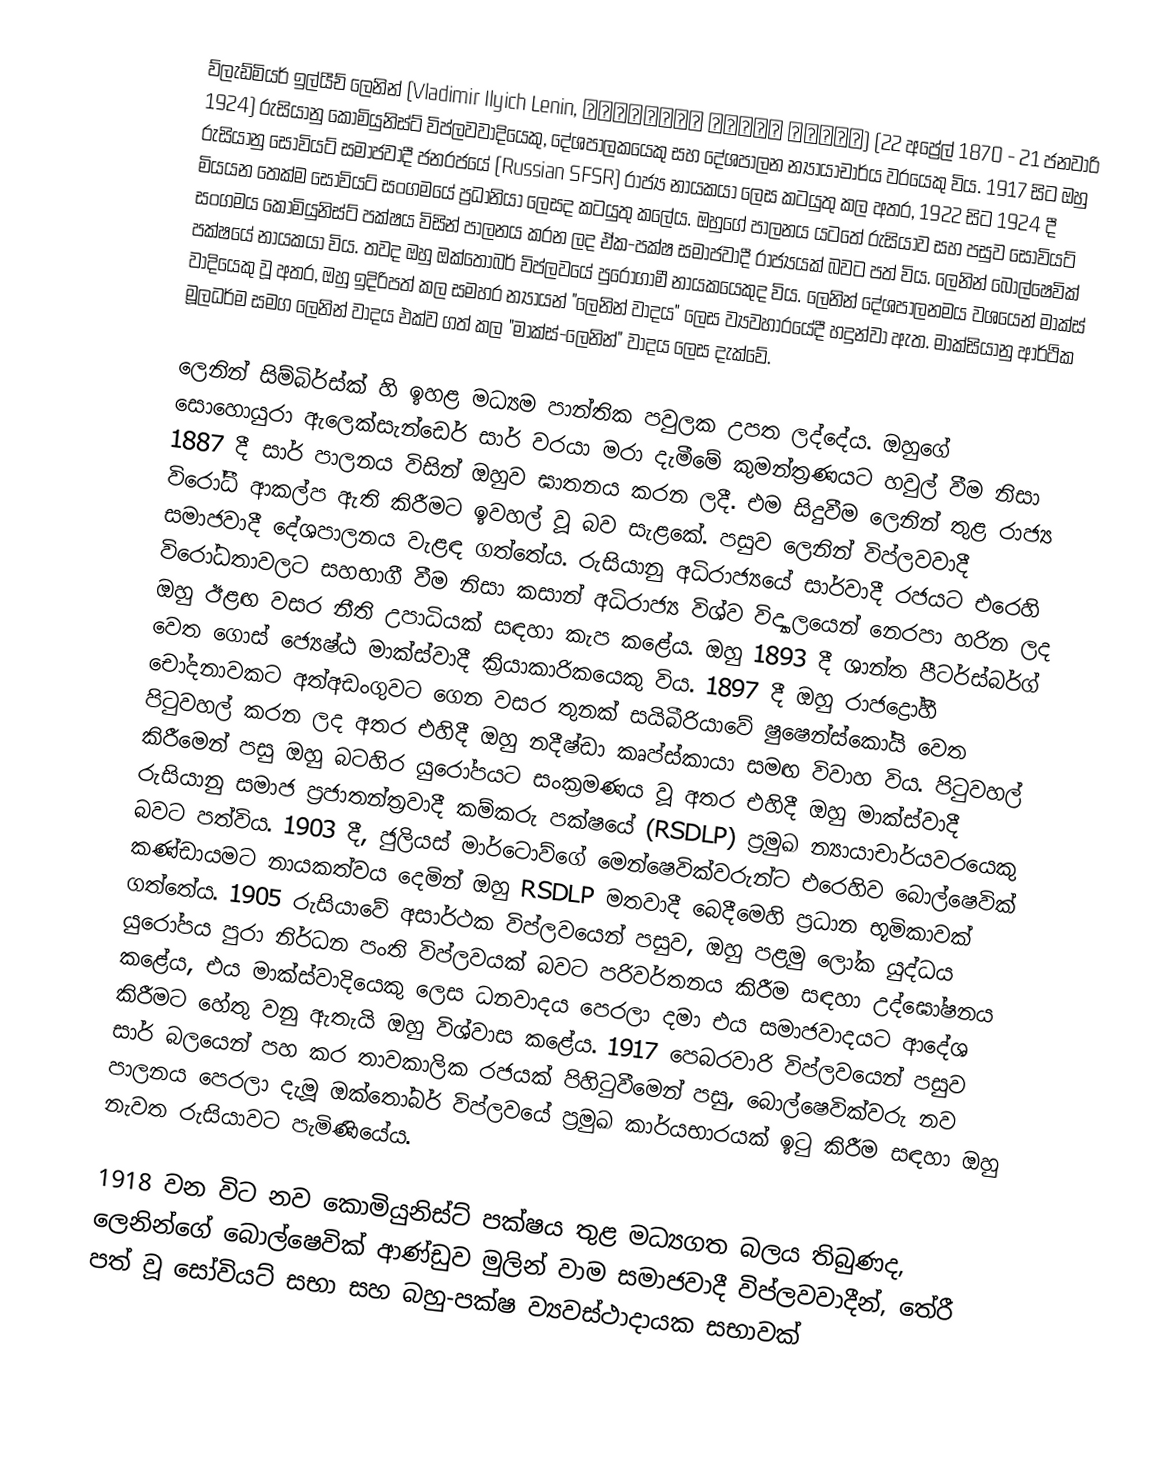
ව්ලැඩ්මියර් ඉල්යීච් ලෙනින් (Vladimir Ilyich Lenin, Владимир Ильич Ленин) (22 අප්‍රේල් 1870 - 21 ජනවාරි 1924) රුසියානු කොමියුනිස්ට් විප්ලවවාදියෙකු, දේශපාලකයෙකු සහ දේශපාලන න්‍යායාචාර්ය වරයෙකු විය. 1917 සිට ඔහු රුසියානු  සෝවියට් සමාජවාදී ජනරජයේ (Russian SFSR) රාජ්‍ය නායකයා ලෙස කටයුතු කල අතර, 1922 සිට 1924 දී මියයන තෙක්ම සෝවියට් සංගමයේ ප්‍රධානියා ලෙසද කටයුතු කලේය. ඔහුගේ පාලනය යටතේ රුසියාව සහ පසුව සෝවියට් සංගමය කොමියුනිස්ට් පක්ෂය විසින් පාලනය කරන ලද ඒක-පක්ෂ සමාජවාදී රාජ්‍යයක් බවට පත් විය. ලෙනින් බොල්ෂෙවික් පක්ෂයේ නායකයා විය. තවද ඔහු ඔක්තෝබර් විප්ලවයේ පුරෝගාමී නායකයෙකුද විය. ලෙනින් දේශපාලනමය වශයෙන් මාක්ස් වාදියෙකු වූ අතර, ඔහු ඉදිරිපත් කල සමහර න්‍යායන් "ලෙනින් වාදය" ලෙස ව්‍යවහාරයේදී හදුන්වා ඇත. මාක්සියානු ආර්ථික මූලධර්ම සමග ලෙනින් වාදය එක්ව ගත් කල "මාක්ස්-ලෙනින්" වාදය ලෙස දැක්වේ.

ලෙනින්  සිම්බිර්ස්ක් හි ඉහළ මධ්‍යම පාන්තික පවුලක උපත ලද්දේය. ඔහුගේ සොහොයුරා ඇලෙක්සැන්ඩෙර් සාර් වරයා මරා දැමීමේ කුමන්ත්‍රණයට හවුල් වීම නිසා 1887 දී සාර් පාලනය විසින් ඔහුව ඝාතනය කරන ලදී. එම සිදුවීම ලෙනින් තුළ රාජ්‍ය විරෝධී ආකල්ප ඇති කිරීමට ඉවහල් වූ බව සැළකේ. පසුව ලෙනින් විප්ලවවාදී සමාජවාදී දේශපාලනය වැළඳ ගත්තේය. රුසියානු අධිරාජ්‍යයේ සාර්වාදී රජයට එරෙහි විරෝධතාවලට සහභාගී වීම නිසා කසාන් අධිරාජ්‍ය විශ්ව විද්‍යාලයෙන් නෙරපා හරින ලද ඔහු ඊළඟ වසර නීති උපාධියක් සඳහා කැප කළේය. ඔහු 1893 දී ශාන්ත පීටර්ස්බර්ග් වෙත ගොස් ජ්‍යෙෂ්ඨ මාක්ස්වාදී ක්‍රියාකාරිකයෙකු විය. 1897 දී ඔහු රාජද්‍රෝහී චෝදනාවකට අත්අඩංගුවට ගෙන වසර තුනක් සයිබීරියාවේ ෂුෂෙන්ස්කෝයි වෙත පිටුවහල් කරන ලද අතර එහිදී ඔහු නදීෂ්ඩා කෘප්ස්කායා සමඟ විවාහ විය. පිටුවහල් කිරීමෙන් පසු ඔහු බටහිර යුරෝපයට සංක්‍රමණය වූ අතර එහිදී ඔහු මාක්ස්වාදී රුසියානු සමාජ ප්‍රජාතන්ත්‍රවාදී කම්කරු පක්ෂයේ (RSDLP) ප්‍රමුඛ න්‍යායාචාර්යවරයෙකු බවට පත්විය. 1903 දී, ජුලියස් මාර්ටොව්ගේ මෙන්ෂෙවික්වරුන්ට එරෙහිව බොල්ෂෙවික් කණ්ඩායමට නායකත්වය දෙමින් ඔහු RSDLP මතවාදී බෙදීමෙහි ප්‍රධාන භූමිකාවක් ගත්තේය. 1905 රුසියාවේ අසාර්ථක විප්ලවයෙන් පසුව, ඔහු පළමු ලෝක යුද්ධය යුරෝපය පුරා නිර්ධන පංති විප්ලවයක් බවට පරිවර්තනය කිරීම සඳහා උද්ඝෝෂනය කළේය, එය මාක්ස්වාදියෙකු ලෙස ධනවාදය පෙරලා දමා එය සමාජවාදයට ආදේශ කිරීමට හේතු වනු ඇතැයි ඔහු විශ්වාස කළේය. 1917 පෙබරවාරි විප්ලවයෙන් පසුව සාර් බලයෙන් පහ කර තාවකාලික රජයක් පිහිටුවීමෙන් පසු, බොල්ෂෙවික්වරු නව පාලනය පෙරලා දැමූ ඔක්තෝබර් විප්ලවයේ ප්‍රමුඛ කාර්යභාරයක් ඉටු කිරීම සඳහා ඔහු නැවත රුසියාවට පැමිණියේය.

1918 වන විට නව කොමියුනිස්ට් පක්ෂය තුළ මධ්‍යගත බලය තිබුණද, ලෙනින්ගේ බොල්ෂෙවික් ආණ්ඩුව මුලින් වාම සමාජවාදී විප්ලවවාදීන්, තේරී පත් වූ සෝවියට් සභා සහ බහු-පක්ෂ ව්‍යවස්ථාදායක සභාවක්